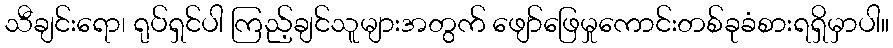
သီချင်းရော၊ ရုပ်ရှင်ပါ ကြည့်ချင်သူများအတွက် ဖျော်ဖြေမှုကောင်းတစ်ခုခံစားရရှိမှာပါ။